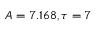
A = 7 . 1 6 8 , \tau = 7